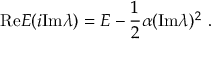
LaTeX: \mathrm { R e } E ( i \mathrm { I m } \lambda ) = E - { \frac { 1 } { 2 } } \alpha ( \mathrm { I m } \lambda ) ^ { 2 } \ .